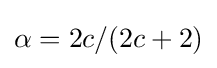
\alpha =2c/(2c+2)